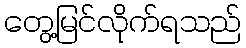
တွေ့မြင်လိုက်ရသည်